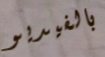
بالفيديو